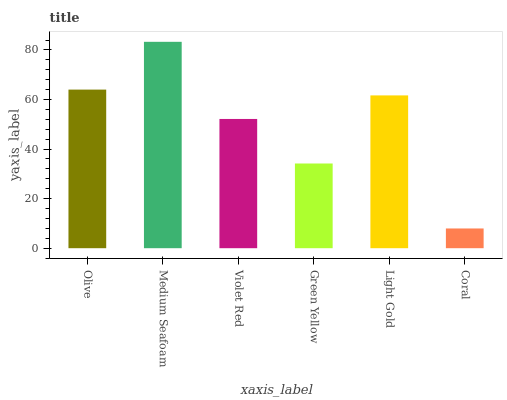
| xaxis_label | bars |
 | --- | --- |
 | Olive | 64 |
 | Medium Seafoam | 83.3 |
 | Violet Red | 52.2 |
 | Green Yellow | 34.2 |
 | Light Gold | 61.7 |
 | Coral | 7.96 |